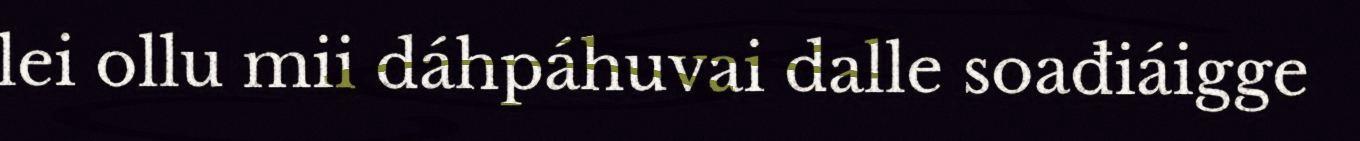
lei ollu mii dáhpáhuvai dalle soađiáigge